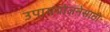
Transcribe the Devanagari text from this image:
उपाययोजनेसाठी